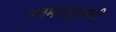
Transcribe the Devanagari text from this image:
नवमतानुयायी